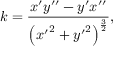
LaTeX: k = { \frac { x ^ { \prime } y ^ { \prime \prime } - y ^ { \prime } x ^ { \prime \prime } } { \left( { x ^ { \prime } } ^ { 2 } + { y ^ { \prime } } ^ { 2 } \right) ^ { \frac { 3 } { 2 } } } } ,